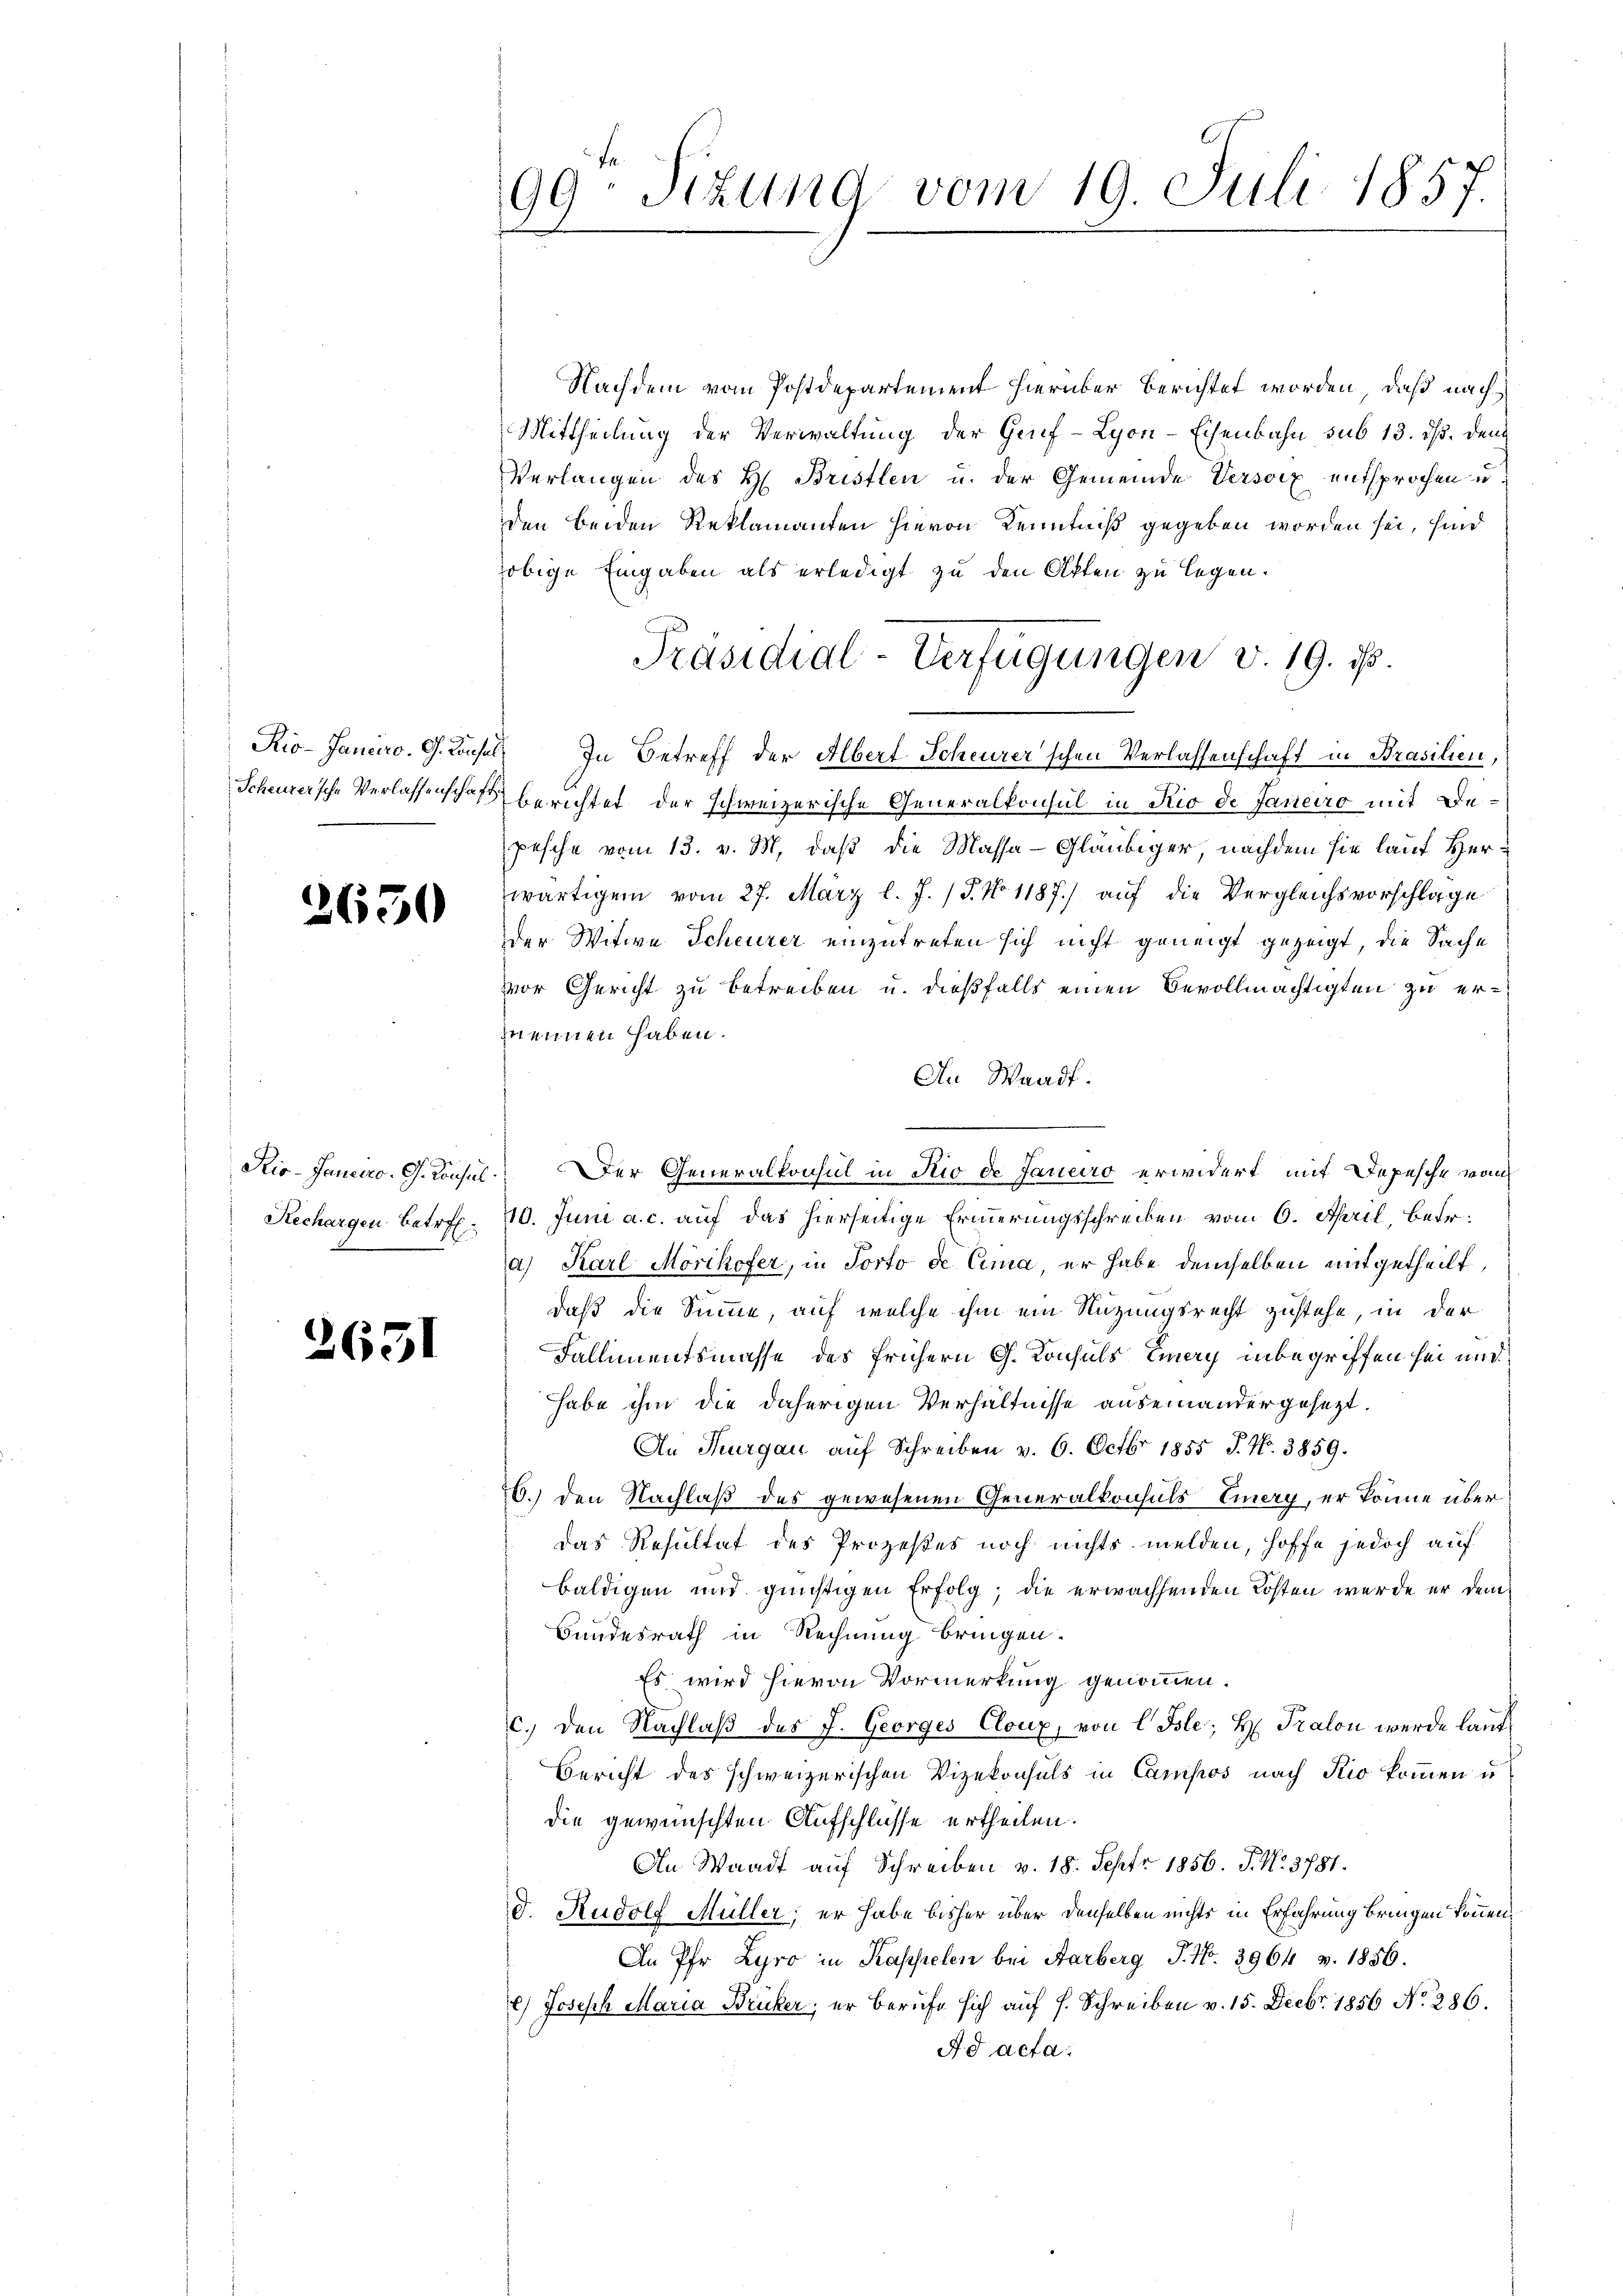
Scheurersche Verlassenschaft

2650

2651

Ris-Janeiro G. Konsul
Rechargen Betreff

99-Sezung vom 19. Juli 1857.

Nachdem vom Postdepartement hierüber berichtet worden, daß nach
Mittheilung der Verwaltung der Genf-Lyon-Eisenbahn sub 13. ds. dem
Verlangen des H. Bristlen u. der Gemeinde Versoix entsprochen u.
den beiden Reklamanten hievon Kenntniß gegeben worden sei, sind
obige Eingaben als erledigt zu den Akten zu legen.
Rio-Janeiro. G. Konsel. In Betreff der Albert Scheurer'schen Verlassenschaft in Prasilien,
berichtet der schweizerische Generalkonsul in Rio de Janeiro mit Depesche vom 13. v. M. daß die Massa-Gläubiger, nachdem sie lauf Herwärtigem vom 27. März l. J. (T. No 1187) auf die Vergleichsvorschlage
der Witwe Scheurer einzutreten sich nicht geneigt gezeigt, die Sache
vor Gericht zu betreiben u. dießfalls einen Bevollmächtigten zu erznennen haben.
An Waadt.
Der Generalkonsul in Rio de Janeiro erwidert, mit Depesche von
110. Juni a. c. auf das hierseitige Erierungsschreiben vom 6. April, betr.
a) Karl Mörikofer, in Porto de Cima, er habe demselben mitgetheilt,
daß die Summe, auf welche ihm ein Nuzungsrecht zustehe, in der
Fallimentsmasse des frühern G. Konsuls Einay inbegriffen sei und
habe ihm die daherigen Verhältnisse auseinander gesezt.
An Thurgau auf Schreiben v. 6. Octbr 1855 J. No. 3859.
26.) Den Nachlaß des gewesenen Generalkonsuls Einery, er könne über
das Resultat des Prozeßes noch nichts melden, hoffe jedoch auf
baldigen und günstigen Erfolg, die erwachsenden Kosten wurde er dem
Bundesrath in Rechnung bringen.
Es wird hievon Vormerkung genommen.
c. den Nachlaß des J. Georges Cloux, von CBle; H. Tralon werde laut
Bericht des schweizerischen Vizekonsuls in Campos nach Kio kommen u
die gewünschten Aufschlüsse ertheilen.
In Waadt auf Schreiben v. 18. Sept. 1856. P. Nr. 3781.
d. Rudolf Müller; er habe bisher über denselben nichts in Erfahrung bringen können,
An Pfr. Lyro in Kappelen bei Aarberg P. Nr. 3964 v. 1856.
) Joseph Maria Brucker, er berufe sich auf s. Schreiben v. 15. Decbr. 1856 No. 286.
Ad acta.

Präsidial-Verfügungen v. 19. ds.